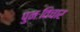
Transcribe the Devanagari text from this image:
पुनःविचार